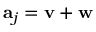
\mathbf { a } _ { j } = \mathbf { v } + \mathbf { w }